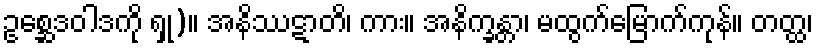
ဥစ္ဆေဒဝါဒကို ရှု)။ အနိဿဋာတိ၊ ကား။ အနိက္ခန္တာ၊ မထွက်မြောက်ကုန်။ တတ္ထ၊